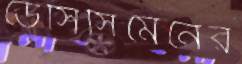
ডেসিসিমেনের